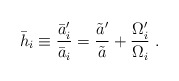
\begin{align*}\bar{h}_i \equiv {\bar{a}_i'\over\bar{a}_i} = {\tilde{a}'\over\tilde{a}} + {\Omega_i' \over \Omega_i} \ .\end{align*}